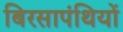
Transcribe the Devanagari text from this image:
बिरसापंथियों